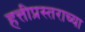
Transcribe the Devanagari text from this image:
हत्तीप्रस्तराच्या